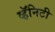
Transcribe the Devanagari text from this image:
व्हॅनिटी